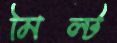
মিল্ট